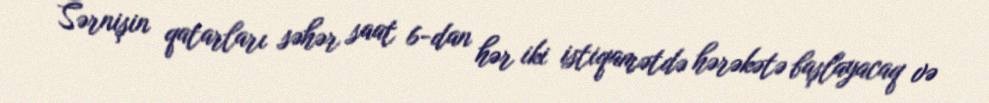
Sərnişin qatarları səhər saat 6-dan hər iki istiqamətdə hərəkətə başlayacaq və